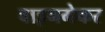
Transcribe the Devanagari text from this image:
वाइनमेकर